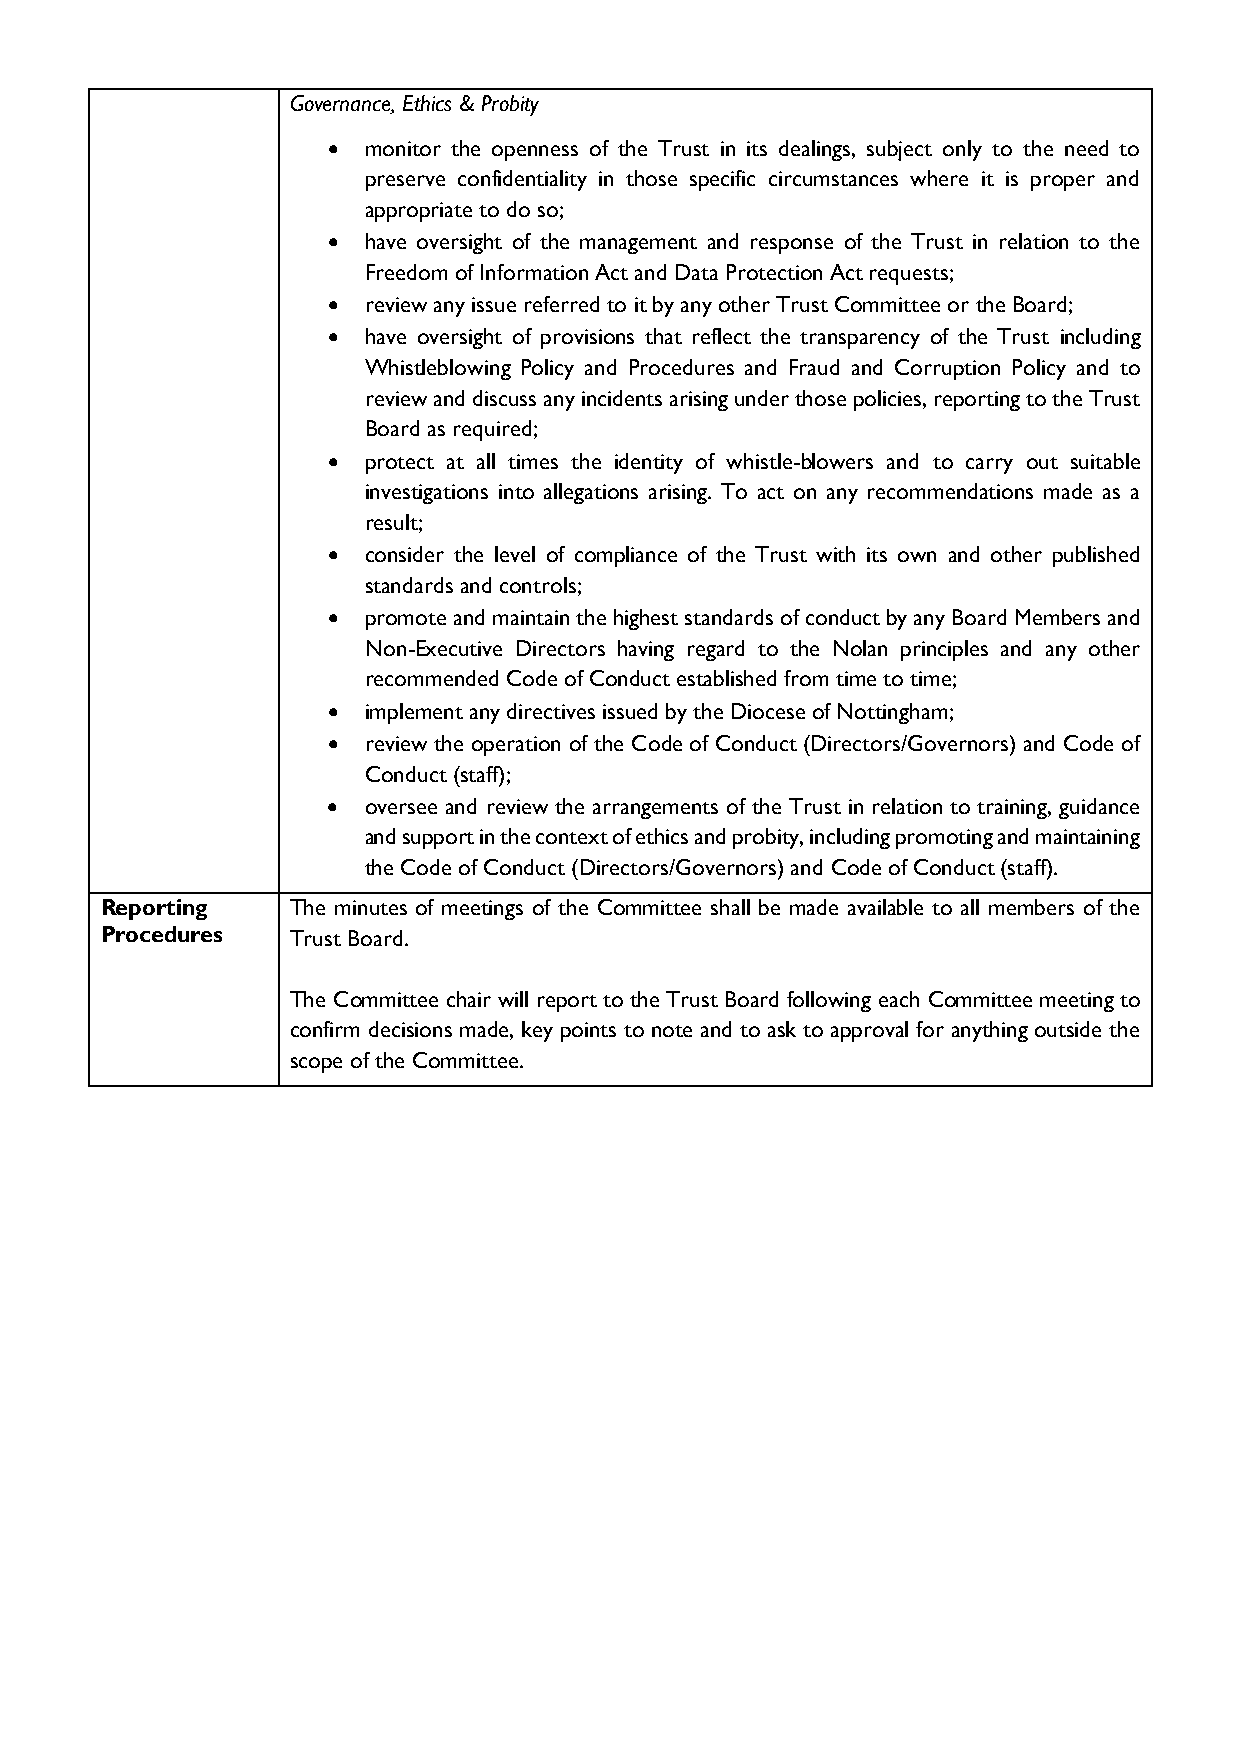
Governance, Ethics & Probity
 • monitor the openness of the Trust in its dealings, subject only to the need to
 preserve confidentiality in those specific circumstances where it is proper and
 appropriate to do so;
 • have oversight of the management and response of the Trust in relation to the
 Freedom of Information Act and Data Protection Act requests;
 • review any issue referred to it by any other Trust Committee or the Board;
 • have oversight of provisions that reflect the transparency of the Trust including
 Whistleblowing Policy and Procedures and Fraud and Corruption Policy and to
 review and discuss any incidents arising under those policies, reporting to the Trust
 Board as required;
 • protect at all times the identity of whistle-blowers and to carry out suitable
 investigations into allegations arising. To act on any recommendations made as a
 result;
 • consider the level of compliance of the Trust with its own and other published
 standards and controls;
 • promote and maintain the highest standards of conduct by any Board Members and
 Non-Executive Directors having regard to the Nolan principles and any other
 recommended Code of Conduct established from time to time;
 • implement any directives issued by the Diocese of Nottingham;
 • review the operation of the Code of Conduct (Directors/Governors) and Code of
 Conduct (staff);
 • oversee and review the arrangements of the Trust in relation to training, guidance
 and support in the context of ethics and probity, including promoting and maintaining
 the Code of Conduct (Directors/Governors) and Code of Conduct (staff).
 Reporting   The minutes of meetings of the Committee shall be made available to all members of the
 Procedures  Trust Board.
 The Committee chair will report to the Trust Board following each Committee meeting to
 confirm decisions made, key points to note and to ask to approval for anything outside the
 scope of the Committee.